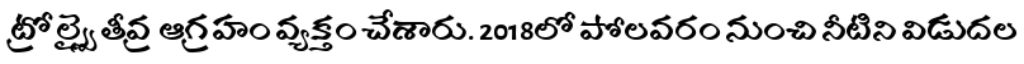
ట్రోల్స్పై తీవ్ర ఆగ్రహం వ్యక్తం చేశారు. 2018లో పోలవరం నుంచి నీటిని విడుదల